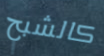
كالشبح